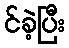
င်ခဲ့ပြီး